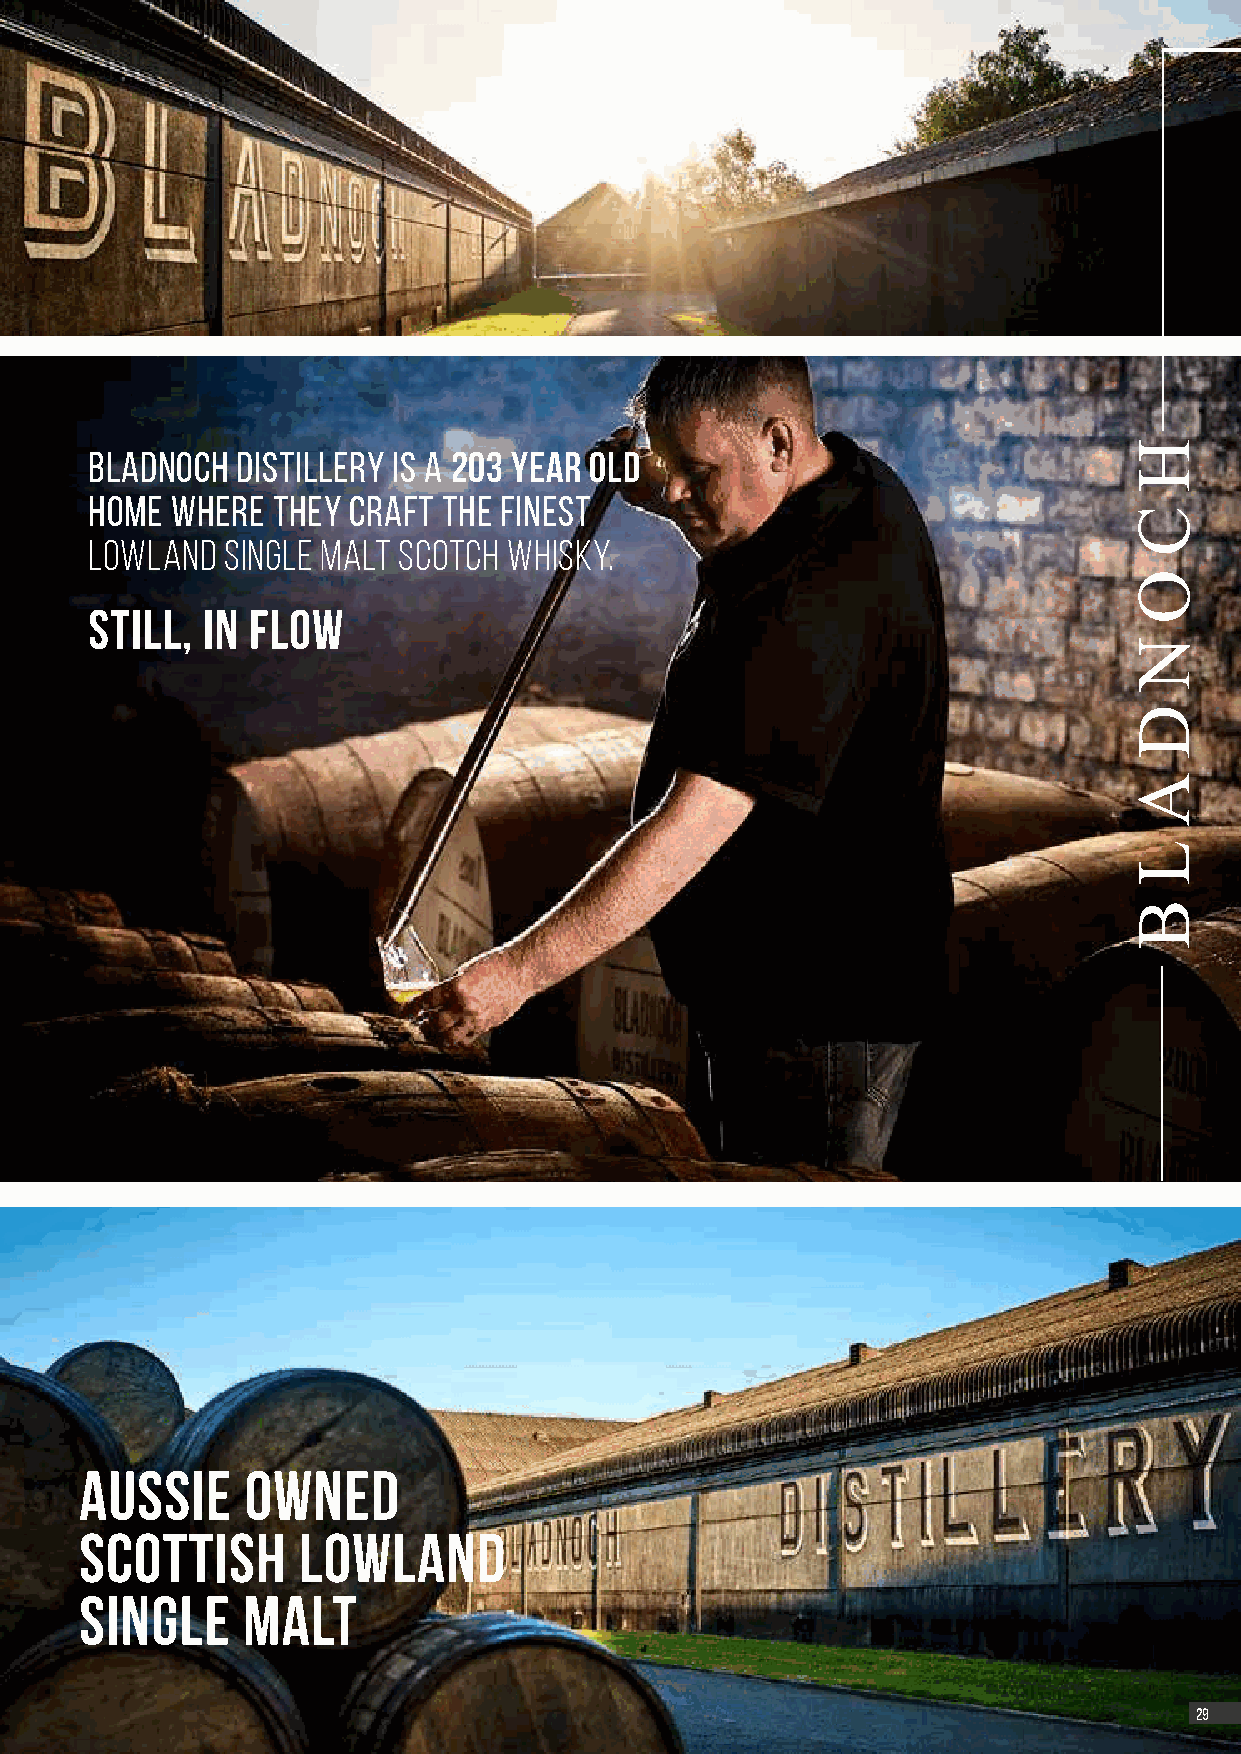
Bladnoch  Distillery is A 203 year old
 home where  THEY craft the finest
 Lowland  Single Malt Scotch Whisky.
 STILL, IN FLOW
 Aussie     owned
 scottish       lowland
 single     malt
 2299
 H
 C
 O
 N
 D
 A
 L
 B